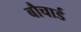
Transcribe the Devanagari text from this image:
बौचार्ड